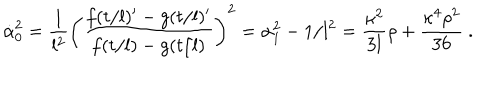
\dot { \alpha } _ { 0 } ^ { 2 } = \frac { 1 } { l ^ { 2 } } \left( \frac { f ( t / l ) ^ { \prime } - g ( t / l ) ^ { \prime } } { f ( t / l ) - g ( t / l ) } \right) ^ { 2 } = \alpha _ { 1 } ^ { 2 } - 1 / l ^ { 2 } = \frac { \kappa ^ { 2 } } { 3 l } \rho + \frac { \kappa ^ { 4 } \rho ^ { 2 } } { 3 6 } \ .